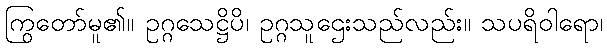
ကြွတော်မူ၏။ ဥဂ္ဂသေဋ္ဌိပိ၊ ဥဂ္ဂသူဌေးသည်လည်း။ သပရိဝါရော၊